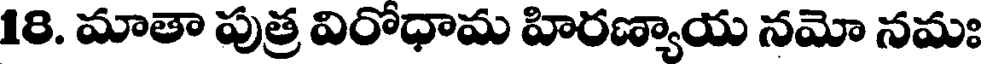
18. మాతా పుత్ర విరోధామ హిరణ్యాయ నమో నమః